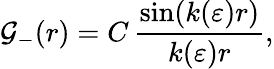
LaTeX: \mathcal{G}_{-}(r)=C\, \frac{{\sin(k(\varepsilon)r)}}{{k(\varepsilon)r}},